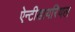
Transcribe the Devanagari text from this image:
ऐन्टीडायरियल